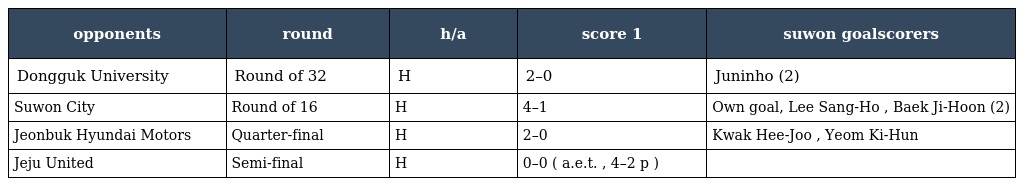
| opponents | round | h/a | score 1 | suwon goalscorers |
 | --- | --- | --- | --- | --- |
 | Dongguk University | Round of 32 | H | 2–0 | Juninho (2) |
 | Suwon City | Round of 16 | H | 4–1 | Own goal, Lee Sang-Ho , Baek Ji-Hoon (2) |
 | Jeonbuk Hyundai Motors | Quarter-final | H | 2–0 | Kwak Hee-Joo , Yeom Ki-Hun |
 | Jeju United | Semi-final | H | 0–0 ( a.e.t. , 4–2 p ) |  |